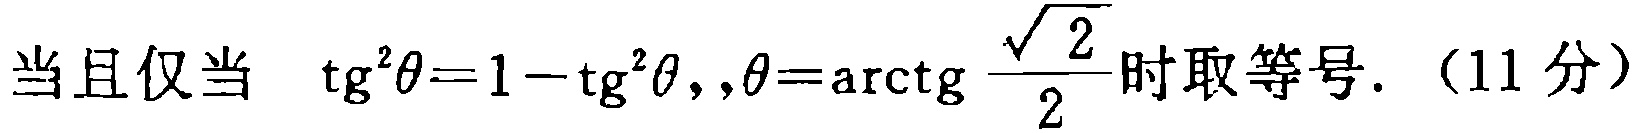
当且仅当 $\mathrm{tg}^{2}\theta = 1 - \mathrm{tg}^{2}\theta,,\theta=\mathrm{arctg} \frac{\sqrt{2}}{2}$时取等号. （11 分）